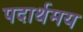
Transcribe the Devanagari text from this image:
पदार्थमय